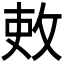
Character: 𫾫